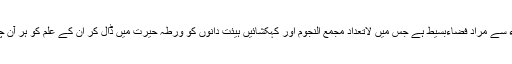
اس میں بھی سماء سے مراد فضاءِبسیط ہے جس میں لاتعداد مجمع النجوم اور کہکشائیں ہیئت دانوں کو ورطۂ حیرت میں ڈال کر ان کے علم کو ہر آن چیلنج کر رہی ہیں۔